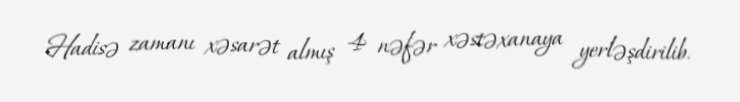
Hadisə zamanı xəsarət almış 4 nəfər xəstəxanaya yerləşdirilib.